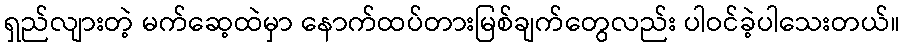
ရှည်လျားတဲ့ မက်ဆေ့ထဲမှာ နောက်ထပ်တားမြစ်ချက်တွေလည်း ပါဝင်ခဲ့ပါသေးတယ်။